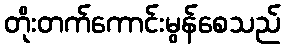
တိုးတက်ကောင်းမွန်စေသည်